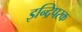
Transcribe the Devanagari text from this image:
इन्द्रिपरक